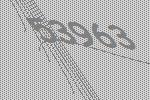
53963